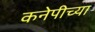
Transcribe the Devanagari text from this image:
कनेपीच्या